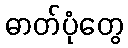
ဓာတ်ပုံတွေ